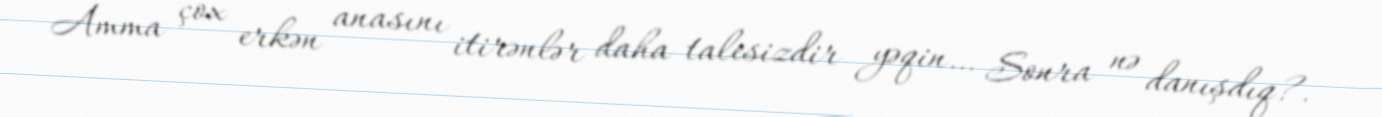
Amma çox erkən anasını itirənlər daha talesizdir yəqin… Sonra nə danışdıq?.